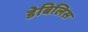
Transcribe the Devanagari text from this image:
डेबिलिस